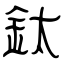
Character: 鈦